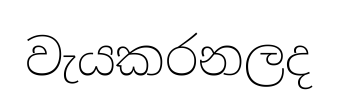
වැයකරනලද